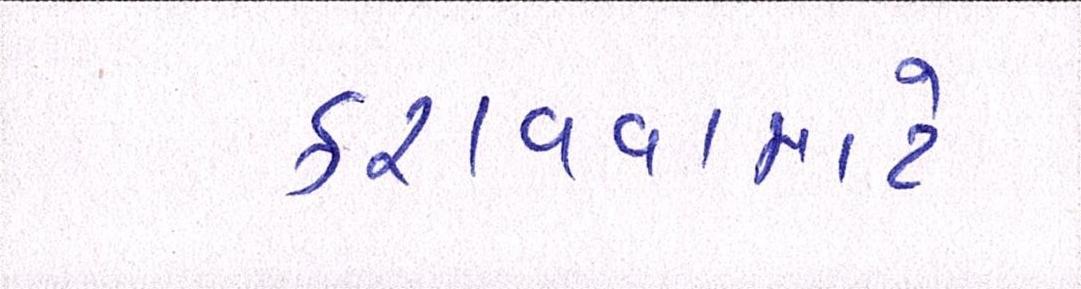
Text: કરાવવામાટે